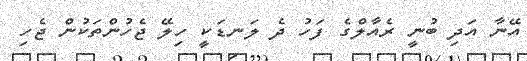
އޭނާ އަދި ބުނީ ރެއާލްގެ ފަހު ދެ ލަނޑަކީ ހިލޭ ޖެހުންތަކުން ޖެހި